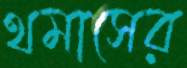
থমাসের